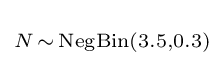
\scriptstyle N\,\sim \,{\text{NegBin}}(3.5,0.3)